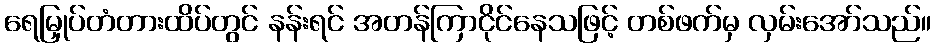
ရေမြှုပ်တံတားထိပ်တွင် နန်းရင် အတန်ကြာငိုင်နေသဖြင့် တစ်ဖက်မှ လှမ်းအော်သည်။